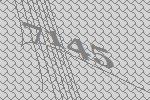
7145